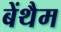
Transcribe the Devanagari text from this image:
बेंथैम